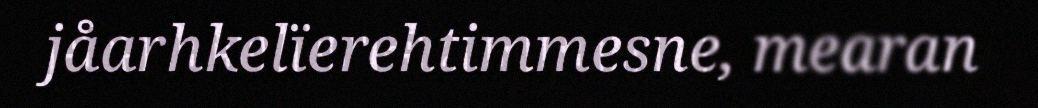
jåarhkelïerehtimmesne, mearan